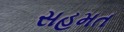
સહમત